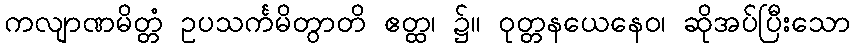
ကလျာဏမိတ္တံ ဥပသင်္ကမိတွာတိ ဧတ္ထ၊ ၌။ ဝုတ္တနယေနေဝ၊ ဆိုအပ်ပြီးသော